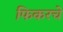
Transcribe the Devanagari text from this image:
फिकरचे